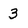
Character: 3